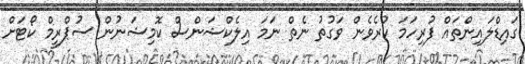
ގައިޑްލައިންތައް ފުރިހަމަ ކުރެވެން ވަގުތު ނެތް ނަމަ އިލެކްޝަންސް ކޮމިޝަނުން ސުޕްރީމް ކޯޓަށް